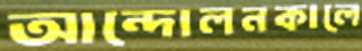
আন্দোলনকালে